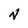
Character: N